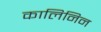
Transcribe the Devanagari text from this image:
कालिनिन